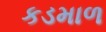
કડમાળ